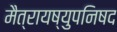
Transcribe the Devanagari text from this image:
मैत्रायष्युपनिषद